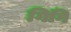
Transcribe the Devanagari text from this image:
गिगि